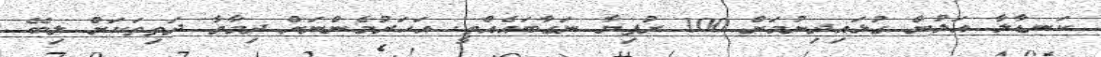
ކަނޑާލާ އަލުން ގުޅައިދިނުމަށް 100 ރުފިޔާ ނަގާބައެއްތީ. އަހަރުމެންނަށް ދިމާވާ ދަތިތަކަށް ލިބޭ